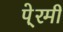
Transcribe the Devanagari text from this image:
पे्रमी